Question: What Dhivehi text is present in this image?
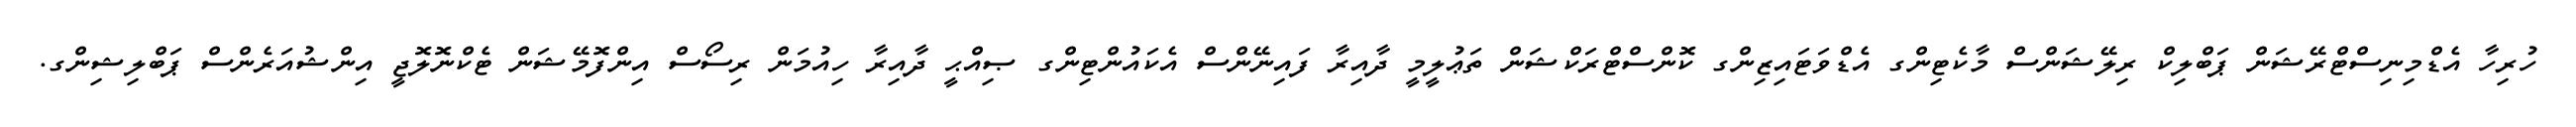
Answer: ހުރިހާ އެޑްމިނިސްޓްރޭޝަން ޕަބްލިކް ރިލޭޝަންސް މާކެޓިންގ އެޑްވަޓައިޒިންގ ކޮންސްޓްރަކްޝަން ތަޢުލީމީ ދާއިރާ ފައިނޭންސް އެކައުންޓިންގ ޞިއްޙީ ދާއިރާ ހިއުމަން ރިސޯސް އިންފޮމޭޝަން ޓެކްނޮލޮޖީ އިންޝުއަރެންސް ޕަބްލިޝިންގ.